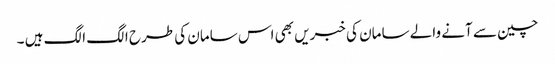
چین سے آنے والے سامان کی خبریں بھی اس سامان کی طرح الگ الگ ہیں ۔